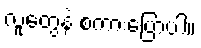
လူတွေနဲ့ စကားပြောပါ။